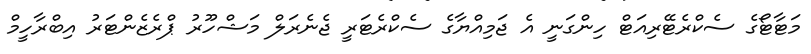
މަޓާޓޯގެ ސެކްރެޓޭރިއަޓް ހިންގަނީ އެ ޖަމިއްޔާގެ ސެކްރެޓަރީ ޖެނެރަލް މަޝްހޫރު ޕްރެޒެންޓަރު އިބްރާހީމް